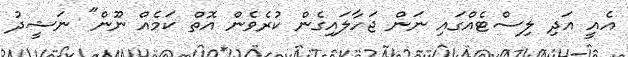
އެއީ އަދި ލިސްޓެއްގައި ނަން ޖަހާލައިގެން ކުރެވެން އޮތް ކަމެއް ނޫން" ނަޝީދު